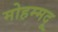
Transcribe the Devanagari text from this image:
मोहम्मदू